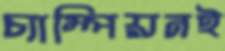
চ্যাম্পিয়নই